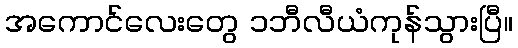
အကောင်လေးတွေ ၁ဘီလီယံကုန်သွားပြီ။